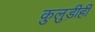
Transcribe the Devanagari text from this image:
कुलुड़ीही